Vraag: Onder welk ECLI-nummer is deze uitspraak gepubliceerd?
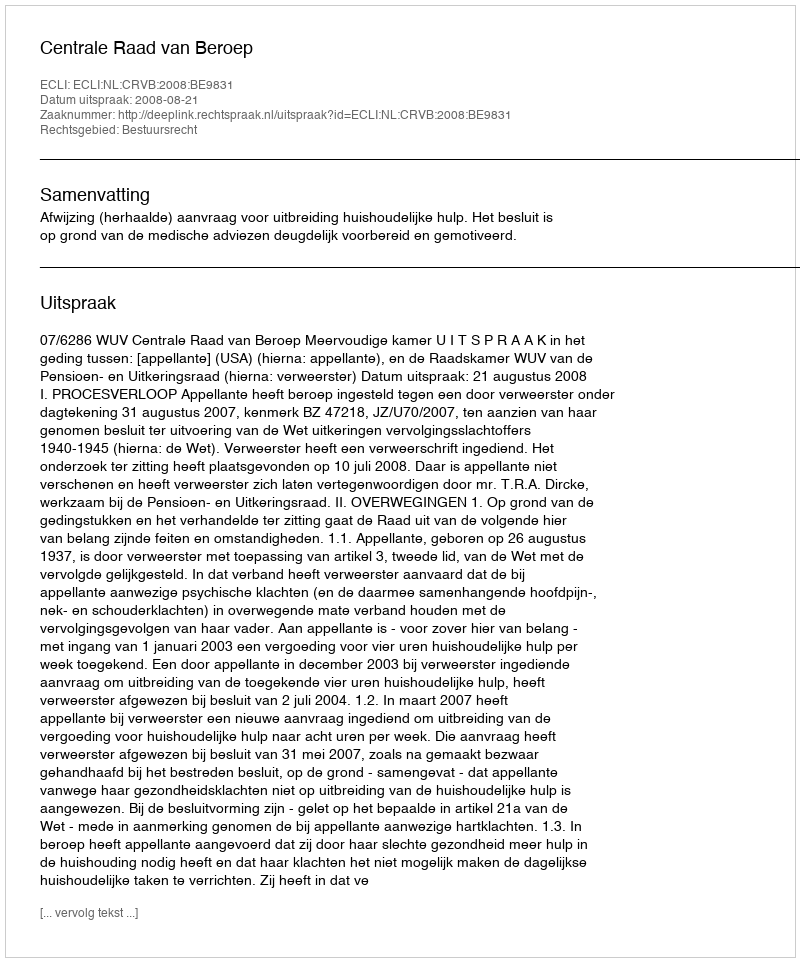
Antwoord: ECLI:NL:CRVB:2008:BE9831